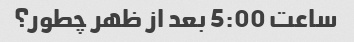
ساعت 5:00 بعد از ظهر چطور؟